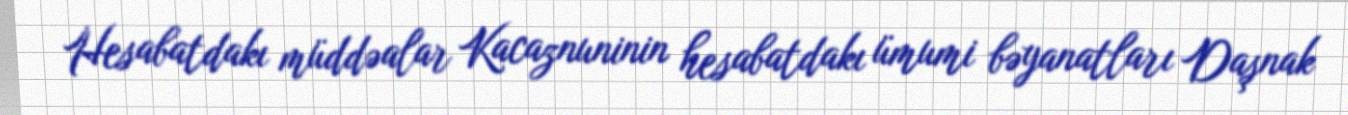
Hesabatdakı müddəalar Kacaznuninin hesabatdakı ümumi bəyanatları Daşnak